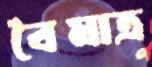
বৈমাত্র